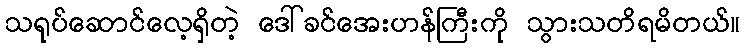
သရုပ်ဆောင်လေ့ရှိတဲ့ ဒေါ်ခင်အေးဟန်ကြီးကို သွားသတိရမိတယ်။